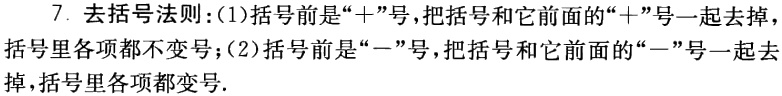
7. 去括号法则：(1)括号前是“+”号，把括号和它前面的“+”号一起去掉，括号里各项都不变号；(2)括号前是“-”号，把括号和它前面的“-”号一起去掉，括号里各项都变号.